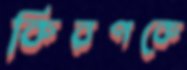
কিরণকে